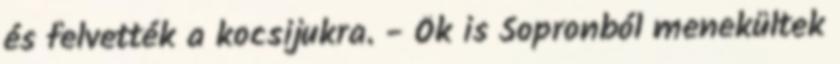
és felvették a kocsijukra. - Ők is Sopronból menekültek